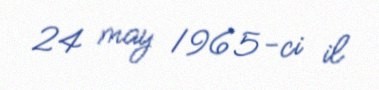
24 may 1965-ci il